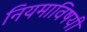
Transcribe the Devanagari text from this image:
नियमाविषयी